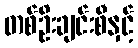
တစ်ဦးချင်းစီနှင့်